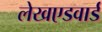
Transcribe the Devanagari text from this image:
लेखएडवार्ड